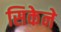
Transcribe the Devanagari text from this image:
सिकेने